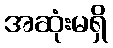
အဆုံးမရှိ